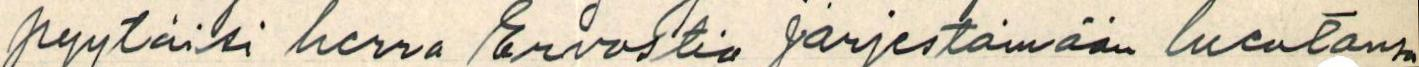
pyytäisi herra Ervastia järjestämään luentonsa